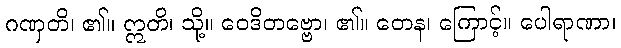
ဂဏှတိ၊ ၏။ ဣတိ၊ သို့။ ဝေဒိတဗ္ဗော၊ ၏။ တေန၊ ကြောင့်။ ပေါရာဏာ၊